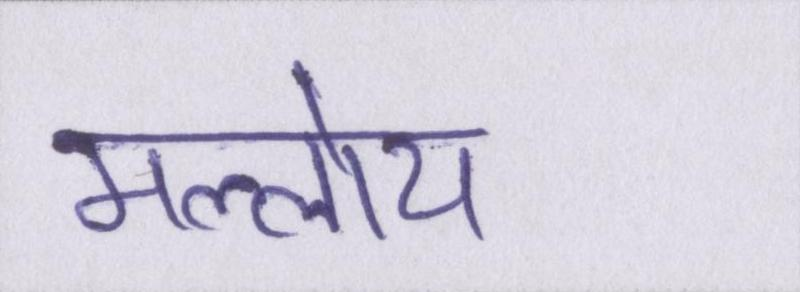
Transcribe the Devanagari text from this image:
मल्लोय